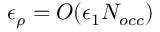
\epsilon _ { \rho } = O ( \epsilon _ { 1 } N _ { o c c } )